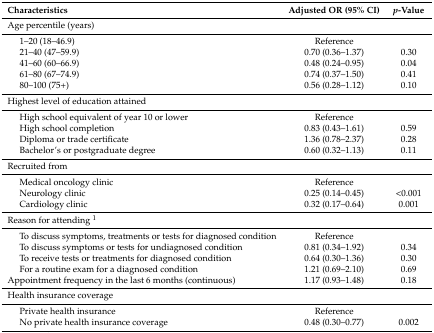
| <COLSPAN=2> Characteristics | Adjusted OR (95% CI) | p-Value |
 | --- | --- | --- | --- |
 | <COLSPAN=4> Age percentile (years) |
 | <ROWSPAN=5>  | 1–20 (18–46.9) | Reference |  |
 | 21–40 (47–59.9) | 0.70 (0.36–1.37) | 0.30 |
 | 41–60 (60–66.9) | 0.48 (0.24–0.95) | 0.04 |
 | 61–80 (67–74.9) | 0.74 (0.37–1.50) | 0.41 |
 | 80–100 (75+) | 0.56 (0.28–1.12) | 0.10 |
 | <COLSPAN=4> Highest level of education attained |
 | <ROWSPAN=4>  | High school equivalent of year 10 or lower | Reference |  |
 | High school completion | 0.83 (0.43–1.61) | 0.59 |
 | Diploma or trade certificate | 1.36 (0.78–2.37) | 0.28 |
 | Bachelor’s or postgraduate degree | 0.60 (0.32–1.13) | 0.11 |
 | <COLSPAN=4> Recruited from |
 | <ROWSPAN=3>  | Medical oncology clinic | Reference |  |
 | Neurology clinic | 0.25 (0.14–0.45) | <0.001 |
 | Cardiology clinic | 0.32 (0.17–0.64) | 0.001 |
 | <COLSPAN=4> Reason for attending 1 |
 | <ROWSPAN=4>  | To discuss symptoms, treatments or tests for diagnosed condition | Reference |  |
 | To discuss symptoms or tests for undiagnosed condition | 0.81 (0.34–1.92) | 0.34 |
 | To receive tests or treatments for diagnosed condition | 0.64 (0.30–1.36) | 0.30 |
 | For a routine exam for a diagnosed condition | 1.21 (0.69–2.10) | 0.69 |
 | <COLSPAN=2> Appointment frequency in the last 6 months (continuous) | 1.17 (0.93–1.48) | 0.18 |
 | <COLSPAN=4> Health insurance coverage |
 | <ROWSPAN=2>  | Private health insurance | Reference |  |
 | No private health insurance coverage | 0.48 (0.30–0.77) | 0.002 |